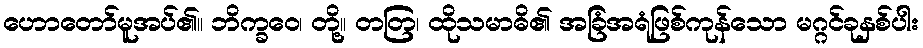
ဟောတော်မူအပ်၏။ ဘိက္ခဝေ၊ တို့။ တတြ၊ ထိုသမာဓိ၏ အခြံအရံဖြစ်ကုန်သော မဂ္ဂင်ခုနှစ်ပါး